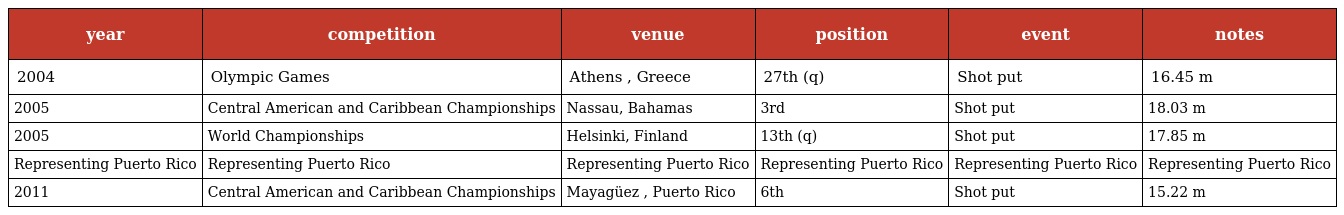
| year | competition | venue | position | event | notes |
 | --- | --- | --- | --- | --- | --- |
 | 2004 | Olympic Games | Athens , Greece | 27th (q) | Shot put | 16.45 m |
 | 2005 | Central American and Caribbean Championships | Nassau, Bahamas | 3rd | Shot put | 18.03 m |
 | 2005 | World Championships | Helsinki, Finland | 13th (q) | Shot put | 17.85 m |
 | Representing Puerto Rico | Representing Puerto Rico | Representing Puerto Rico | Representing Puerto Rico | Representing Puerto Rico | Representing Puerto Rico |
 | 2011 | Central American and Caribbean Championships | Mayagüez , Puerto Rico | 6th | Shot put | 15.22 m |